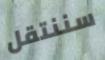
سننتقل